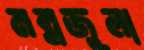
মল্লজুলা